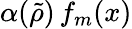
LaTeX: \alpha(\tilde{\rho})\, f_{m}(x)